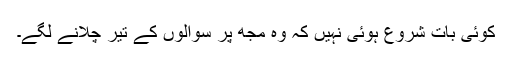
کوئی بات شروع ہوئی نہیں کہ وہ مجھ پر سوالوں کے تیر چلانے لگے۔